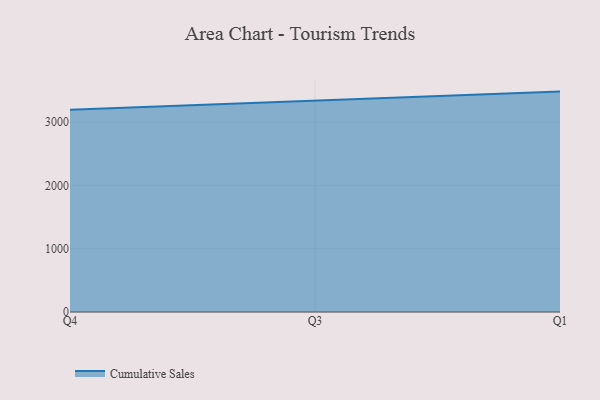
{"axis": {"x": "Quarter", "y": "Headcount"}, "legend": ["Cumulative Sales"], "data": [{"x": "Q4", "y": 3196.0, "type": "Cumulative Sales"}, {"x": "Q3", "y": 3335.0, "type": "Cumulative Sales"}, {"x": "Q1", "y": 3484.2, "type": "Cumulative Sales"}]}